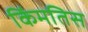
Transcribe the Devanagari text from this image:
किंमतिस